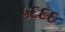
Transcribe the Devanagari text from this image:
५६६६